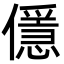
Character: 㒚